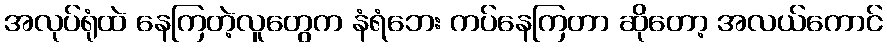
အလုပ်ရုံထဲ နေကြတဲ့လူတွေက နံရံဘေး ကပ်နေကြတာ ဆိုတော့ အလယ်ကောင်